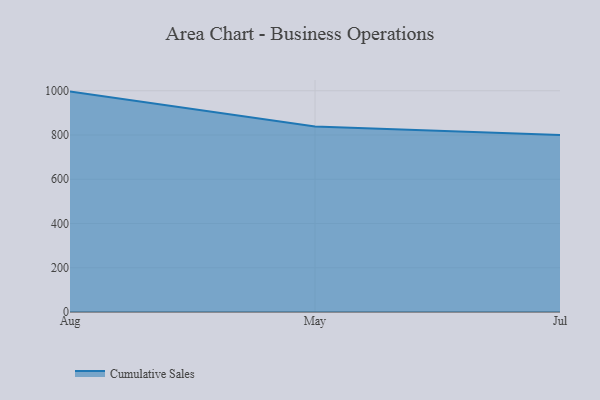
{"axis": {"x": "Month", "y": "Shipments"}, "legend": ["Cumulative Sales"], "data": [{"x": "Aug", "y": 996.3, "type": "Cumulative Sales"}, {"x": "May", "y": 838.1, "type": "Cumulative Sales"}, {"x": "Jul", "y": 800, "type": "Cumulative Sales"}]}